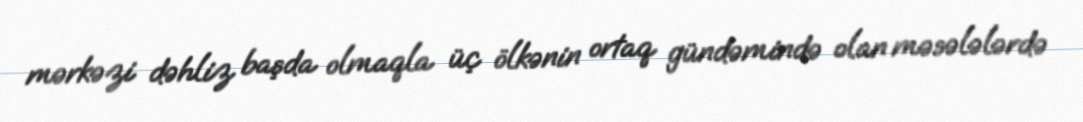
mərkəzi dəhliz başda olmaqla üç ölkənin ortaq gündəmində olan məsələlərdə